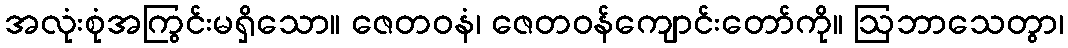
အလုံးစုံအကြွင်းမရှိသော။ ဇေတဝနံ၊ ဇေတဝန်ကျောင်းတော်ကို။ ဩဘာသေတွာ၊